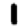
Digit: 1